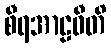
စီရအာဠဝီတိ